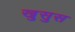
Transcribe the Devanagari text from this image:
खुसुस